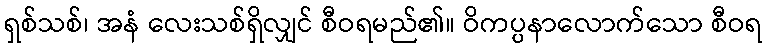
ရှစ်သစ်၊ အနံ လေးသစ်ရှိလျှင် စီဝရမည်၏။ ဝိကပ္ပနာလောက်သော စီဝရ